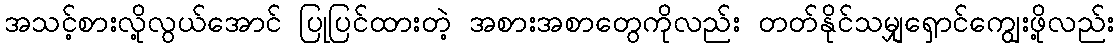
အသင့်စားလို့လွယ်အောင် ပြုပြင်ထားတဲ့ အစားအစာတွေကိုလည်း တတ်နိုင်သမျှရှောင်ကျွေးဖို့လည်း